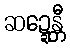
ဆဍ္ဍေန္တီ